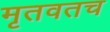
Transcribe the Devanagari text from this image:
मृतवतच